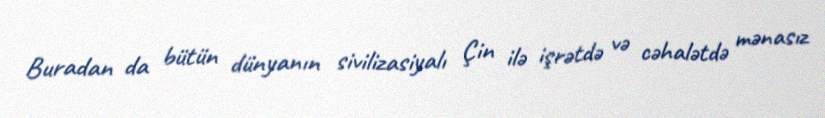
Buradan da bütün dünyanın sivilizasiyalı Çin ilə işrətdə və cəhalətdə mənasız